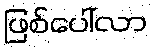
ဖြစ်ပေါ်လာ